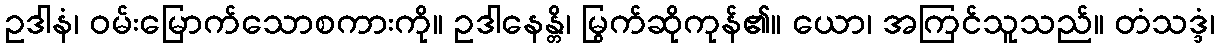
ဥဒါနံ၊ ဝမ်းမြောက်သောစကားကို။ ဥဒါနေန္တိ၊ မြွက်ဆိုကုန်၏။ ယော၊ အကြင်သူသည်။ တံသဒ္ဒံ၊